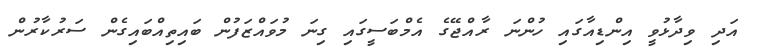
އަދި ވިދާޅުވީ އިންޑިއާގައި ހުންނަ ރާއްޖޭގެ އެމްބަސީގައި ގިނަ މުވައްޒަފުން ބައިތިއްބައިގެން ސަރުކާރުން